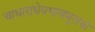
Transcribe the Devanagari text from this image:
चाधाराधेयभावमूलकं